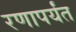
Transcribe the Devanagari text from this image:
रणापर्यंत